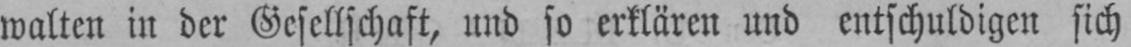
walten in der Gesellschaft, und so erklären und entschuldigen sich